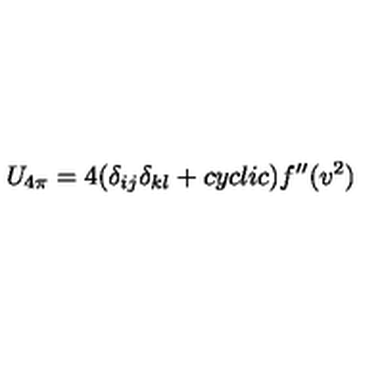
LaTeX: U _ { 4 \pi } = 4 ( \delta _ { i j } \delta _ { k l } + c y c l i c ) f ^ { \prime \prime } ( v ^ { 2 } )